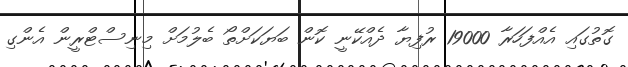
ގޮތުގައި އެއްފަހަރާ 19000 ރުފިޔާ ދެއްކޭނީ ކޮން ބަޔަކަށްތޯ ބެލުމަށް މިނިސްޓްރީން އެންގި